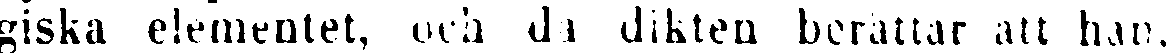
giska elementet, och da dikten berättar att han,